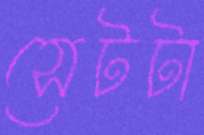
সেটটা